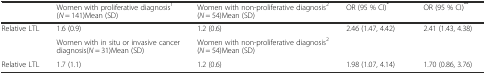
<table><thead><tr><td>[EMPTY_CELL]</td><td><b>Women with proliferative diagnosis<sup>1</sup>(<i>N</i> = 141)Mean (SD)</b></td><td><b>Women with non-proliferative diagnosis<sup>2</sup>(<i>N</i> = 54)Mean (SD)</b></td><td><b>OR (95 % CI)<sup>*</sup></b></td><td><b>OR (95 % CI)<sup>**</sup></b></td></tr></thead><tbody><tr><td>Relative LTL</td><td>1.6 (0.9)</td><td>1.2 (0.6)</td><td>2.46 (1.47, 4.42)</td><td>2.41 (1.43, 4.38)</td></tr><tr><td>[EMPTY_CELL]</td><td>Women with in situ or invasive cancer diagnosis(<i>N</i> = 31)Mean (SD)</td><td>Women with non-proliferative diagnosis<sup>2</sup>(<i>N</i> = 54)Mean (SD)</td><td>[EMPTY_CELL]</td><td>[EMPTY_CELL]</td></tr><tr><td>Relative LTL</td><td>1.7 (1.1)</td><td>1.2 (0.6)</td><td>1.98 (1.07, 4.14)</td><td>1.70 (0.86, 3.76)</td></tr></tbody></table>